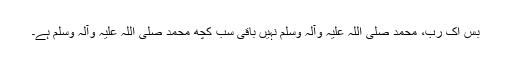
بس اک رب، محمد صلی اللہ علیہ وآلہ وسلم نہیں باقی سب کچھ محمد صلی اللہ علیہ وآلہ وسلم ہے۔